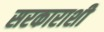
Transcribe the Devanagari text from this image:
सरकाराशी